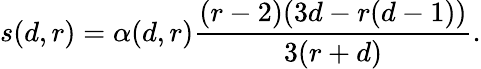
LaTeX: s(d,r)=\alpha(d,r)\frac{(r-2)(3d-r(d-1))}{3(r+d)}.